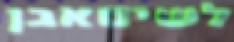
לשיםאבן